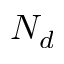
N _ { d }